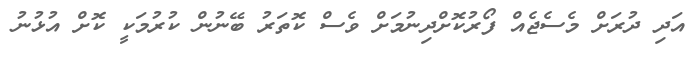
އަދި ދުރަށް މެސެޖެއް ފޯރުކޮށްދިނުމަށް ވެސް ކޮތަރު ބޭނުން ކުރުމަކީ ކޮށް އުޅުނު